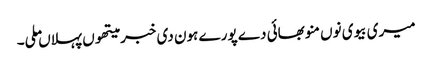
میری بیوی نوں منو بھائی دے پورے ہون دی خبر میتھوں پہلاں ملی۔